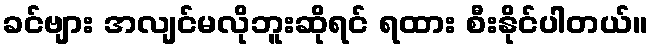
ခင်ဗျား အလျင်မလိုဘူးဆိုရင် ရထား စီးနိုင်ပါတယ်။